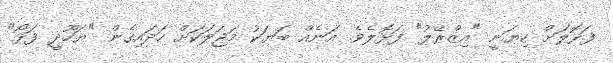
ފަޅޮލަށް ކިޔަނީ "އިޒްރޭލު" ފަޅޮލެވެ. އަނެއް ބަޔަކު މަޖަލަކަށް ހަދައިގެން "ޔަހޫދީ ފަޅޯ"